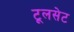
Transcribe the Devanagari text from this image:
टूलसेट